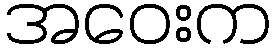
အဝေးက